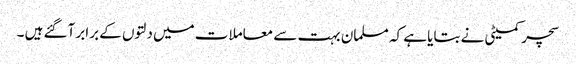
سچر کمیٹی نے بتایا ہے کہ مسلمان بہت سے معاملات میں دلتوں کے برابر آگئے ہیں ۔